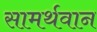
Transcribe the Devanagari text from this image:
सामर्थवान